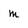
Character: m